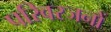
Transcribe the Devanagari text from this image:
परिवरजनों